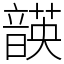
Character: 韺